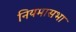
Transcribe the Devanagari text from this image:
नियमासभा